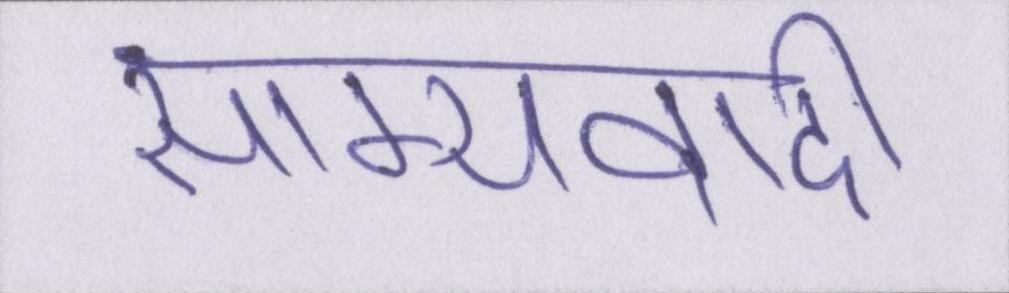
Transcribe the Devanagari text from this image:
साम्यवादी